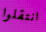
انتقلوا